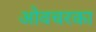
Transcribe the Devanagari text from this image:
ओवचरका